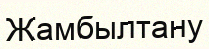
Жамбылтану